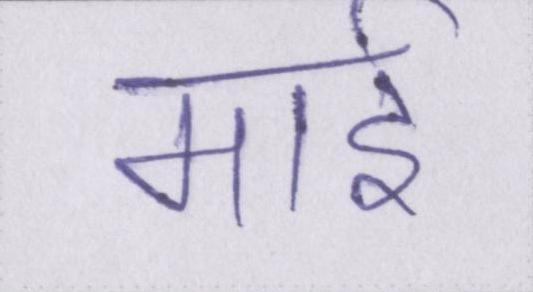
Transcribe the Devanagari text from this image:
माई